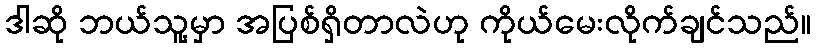
ဒါဆို ဘယ်သူ့မှာ အပြစ်ရှိတာလဲဟု ကိုယ်မေးလိုက်ချင်သည်။